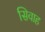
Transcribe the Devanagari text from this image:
सिवाह